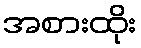
အစားထိုး